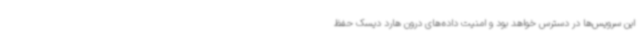
این سرویس‌ها در دسترس خواهد بود و امنیت داده‌های درون هارد دیسک حفظ